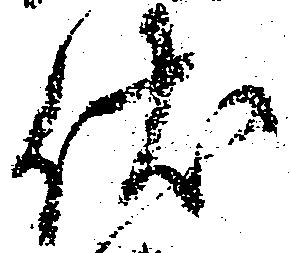
伏